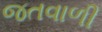
જતવાળી